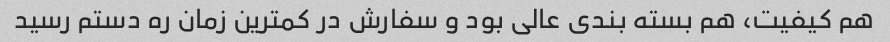
هم کیفیت، هم بسته بندی عالی بود و سفارش در کمترین زمان ره دستم رسید